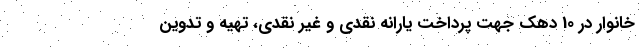
خانوار در 10 دهک جهت پرداخت یارانه نقدی و غیر نقدی، تهیه و تدوین